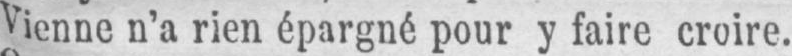
Vienne n’a rien épargné pour y faire croire.